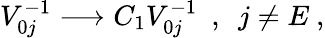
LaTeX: V_{0j}^{-1}\longrightarrow C_{1}V_{0j}^{-1}\ \ ,\ \ j\neq E\ ,